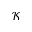
\mathcal { K }